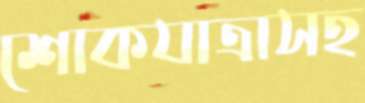
শোকযাত্রাসহ